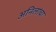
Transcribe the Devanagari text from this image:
अनिलांचा